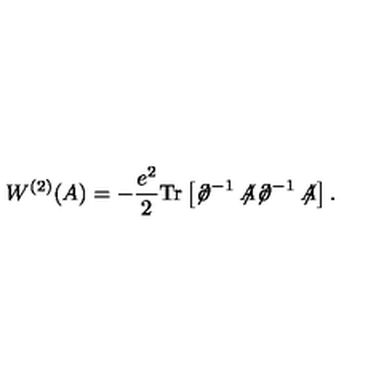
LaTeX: W ^ { ( 2 ) } ( A ) = - \frac { e ^ { 2 } } { 2 } \mathrm { T r } \left[ { \not \! \partial } ^ { - 1 } \not \! \! A { \not \! \partial } ^ { - 1 } \not \! \! A \right] .